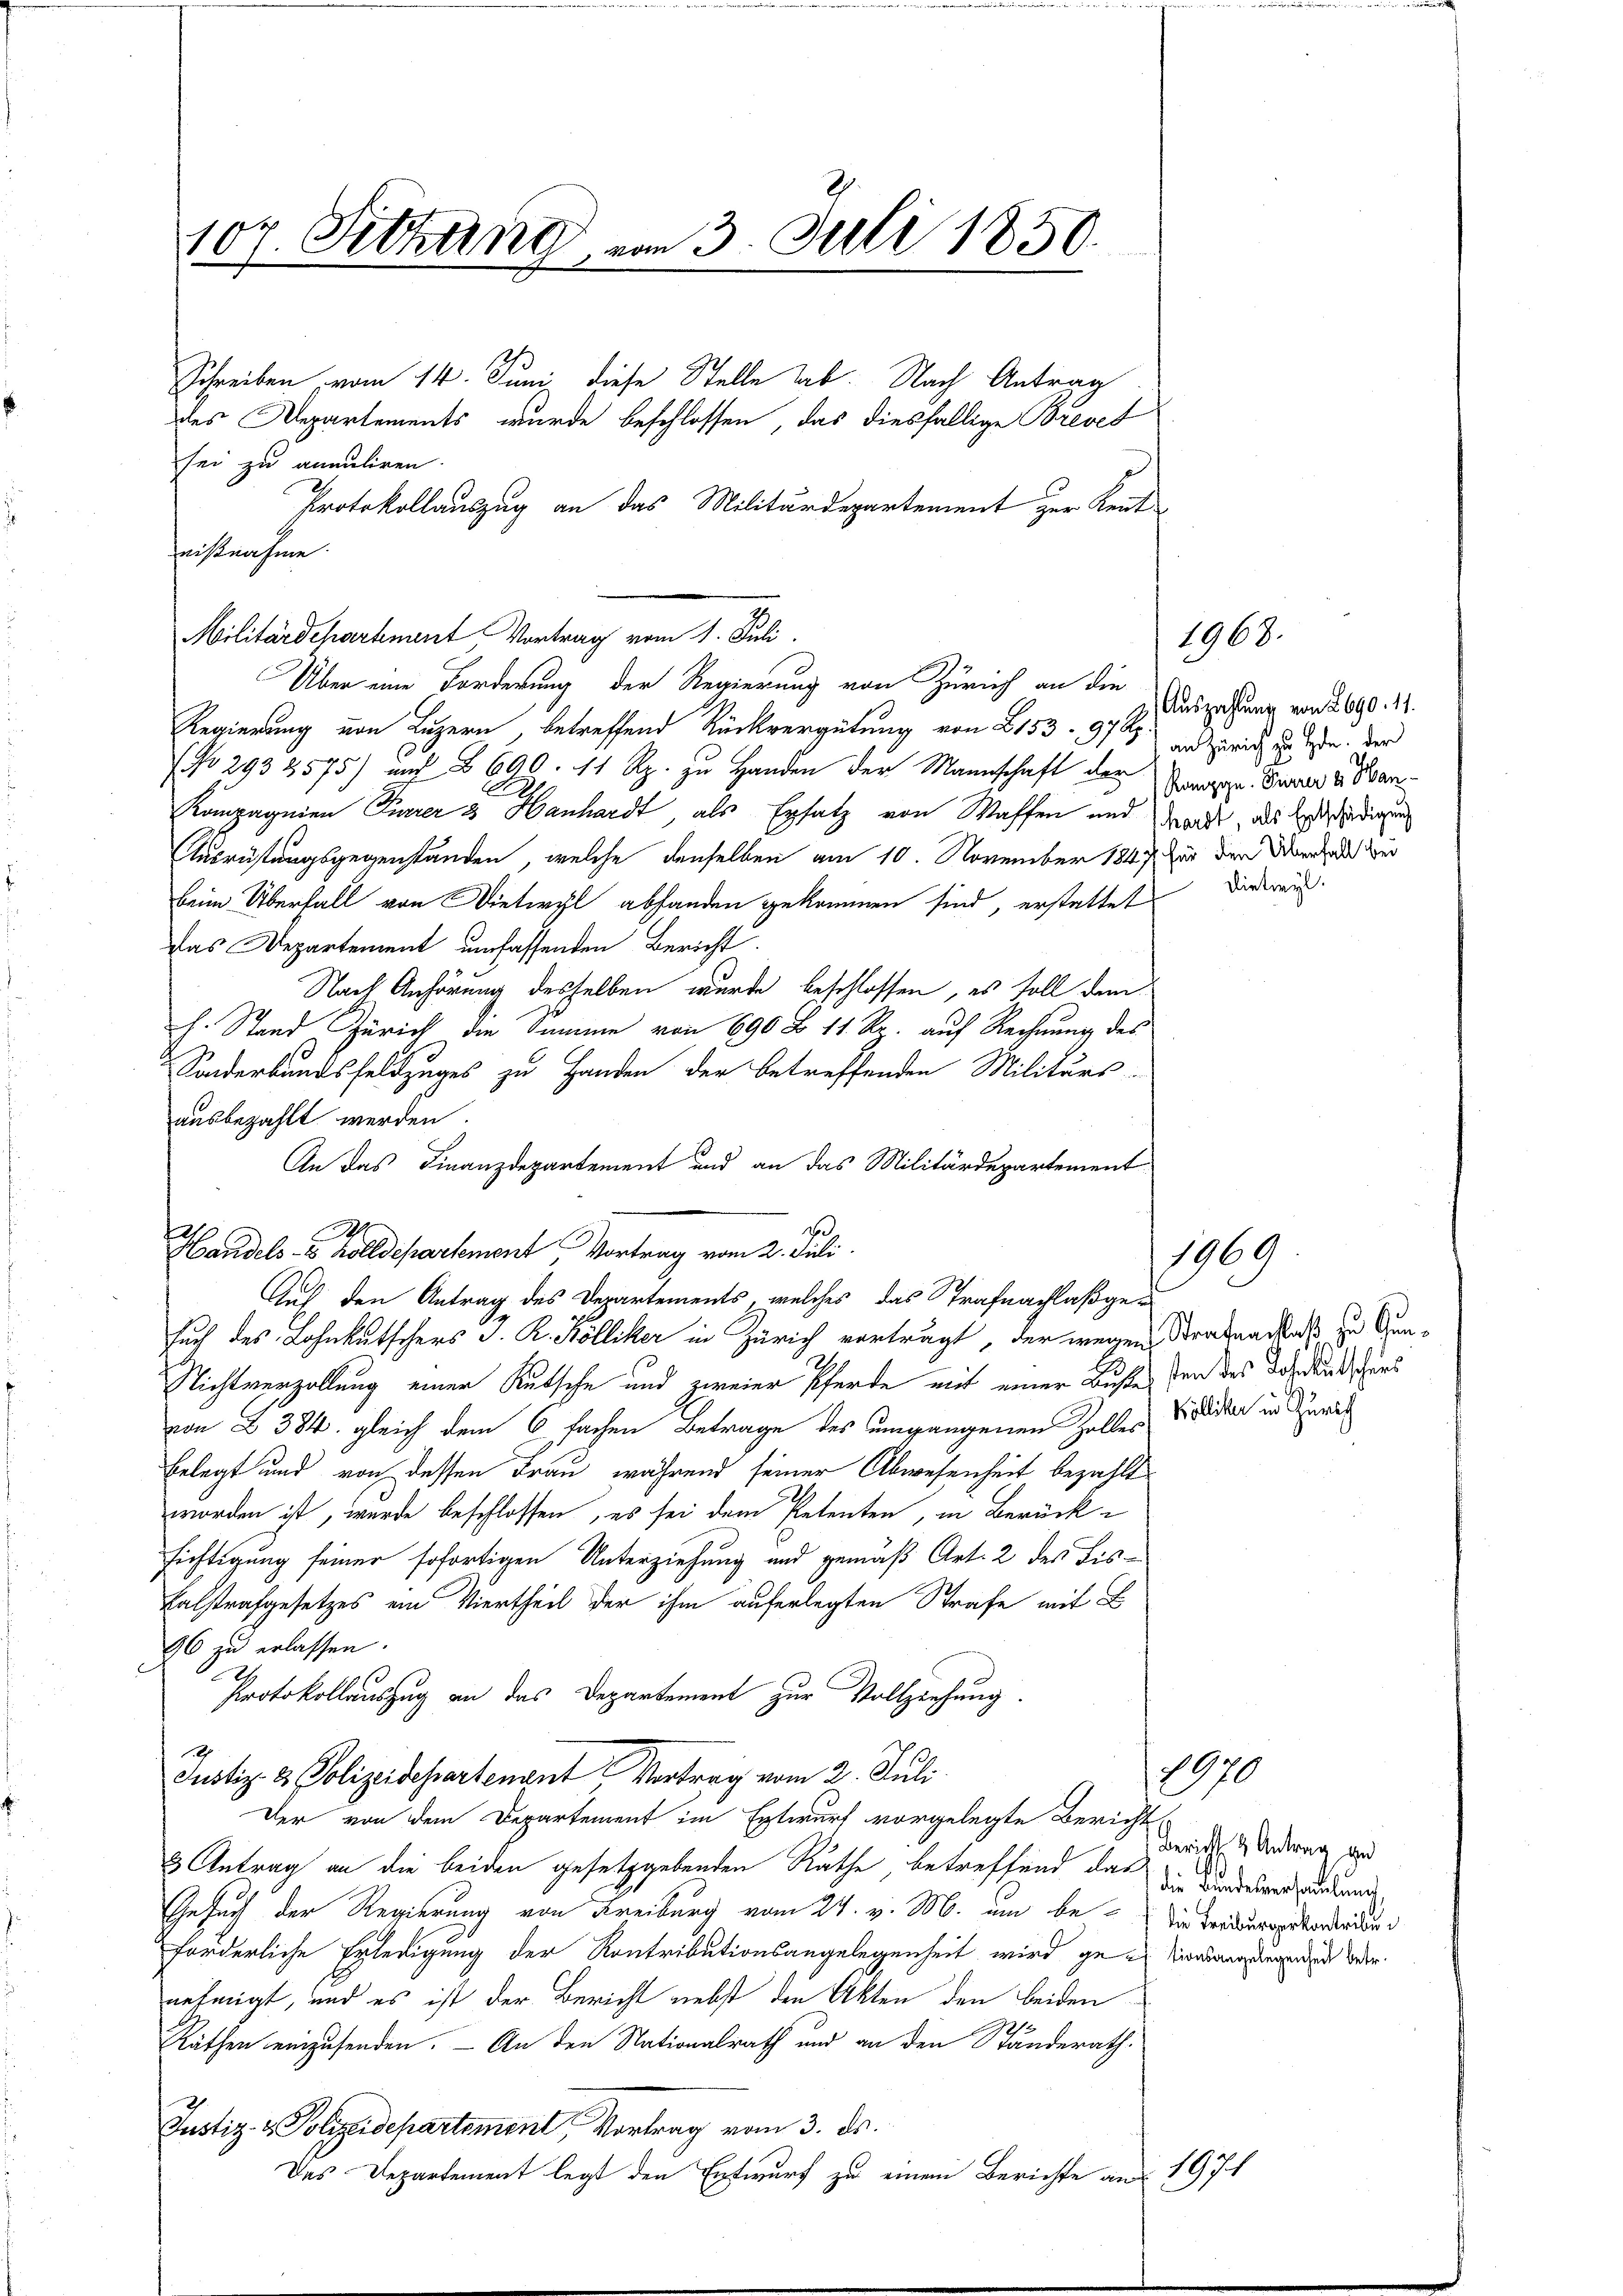
107. Sitzung, von 3. Juli 1850.
Schreiben vom 14. Juni diese Stelle ab. Nach Antrag
des Departements wurde beschlossen, das diesfällige Brevet

sei zu annuliren.
Protokollauszug an das Militärdepartement zur Kent
nißnahme
Militärdechartement Vortrag vom 1. Juli.
Über eine Forderung der Regierung von Zürich an die
Regierung von Luzern, betreffend Rückvergütung von 8153- 971 und Zürich zu besten. Der
(No 2932575) auf § 690. 11 Rp. zu Handen der Mannschaft der Gruppe. Sara v. Ban
i
Kompagnien Furrer & Hanhardt, als Ersatz von Waffen und Waadt, als Geschädigung
Ausrüstungsgegenständen, welche denselben am 10. November 1847 für den Berath zu
beim Überfall von Dietwyl abhanden gekommen sind, erstattet
Das Departement umfassenden Bericht.
Nach Anhörung desselben wurde beschlossen, es soll dem
h. Stand Zürich die Summe von 690 B 11 Rp. auf Rechnung des
Sonderbundsfeldzuges zu Handen der betreffenden Militärs-
ausbezahlt werden.
An das Finanzdepartement und an das Militärdepartement
A
Handels- & Zolldepartement Vortrag vom 2. Juli.
Auf den Antrag des Departements, welches das Trafnachlaßgesuch des Lohnkutschers J. R. Kölliker in Zürich vorträgt, der wegen Straßenstoß zu Gun¬
Nichtverzollung einer Rutsche und zweier Pferde mit einer Bußte den des Sohn das dur
von 2 384. gleich dem 6 fachen Betrage des umgangenen Zolles Vieleister in Zürich
belegt und von dessen Frau während seiner Abwesenheit bezahlt
worden ist, wurde beschlossen, es sei dem Petenten, in Berück-
sichtigung seiner sofortigen Unterziehung und gemäß Art. 2 des Fis¬
Ealstrafgesetzes ein Viertheil der ihm auferlegten Strafe mit
96 zu erlassen.
Protokollauszug an das Departement zur Vollziehung.
Justiz- & Polizeidepartenant Vortrag vom 2. Juli
Der von dem Departement im Entwurf vorgelegte Zürich-
& Antrag an die beiden gesetzgebenden Räthe, betreffend das
Gesuch der Regierung von Freiburg vom 24. v. M. um bedie Tradierpaterladun
forderliche Erledigung der Kontributionsangelegenheit wird ge-Vorangegend weder
nehmigt, und es ist der Bericht nebst den Akten den beiden
Räthen einzusenden. — An den Nationalrath und an den Ständerath,
Justiz- & Polizeidepartement Vortrag vom 3. ds.
Das Departement legt den Entwurf zu einem Berichte an 19 J

1968.

Auszahlung von 2690. 11.
Dietwyl.

1969

1970

Bericht & Antrag ge
) die Bundesversammlung,